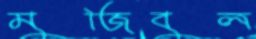
মুজিবুল